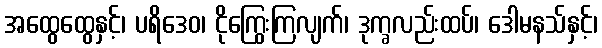
အထွေထွေနှင့်၊ ပရိဒေဝ၊ ငိုကြွေးကြလျက်၊ ဒုက္ခလည်းထပ်၊ ဒေါမနသ်နှင့်၊